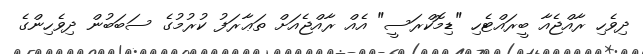
ދިވެހި ރާއްޖެއާ ބީރައްޓެހި "ޑިމޮކްރަސީ" އެއް ރާއްޖެއަށް ތަޢާރަފު ކުރުމުގެ ސަބަބުން ދިވެހިންގެ